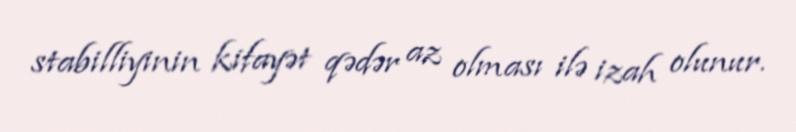
stabilliyinin kifayət qədər az olması ilə izah olunur.